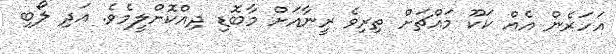
އަހަރެން އެއް ކަކޫ މައްޗަށް ތިރިވެ ރީނާއަށް މާބޮޑި ދިއްކޮށްލީމެވެ. އަދި ލޯބި